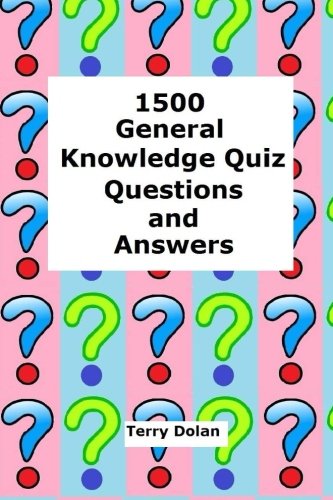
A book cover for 1500 General Knowledge Quiz Questions and Answers; Terry Dolan; Humor & Entertainment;